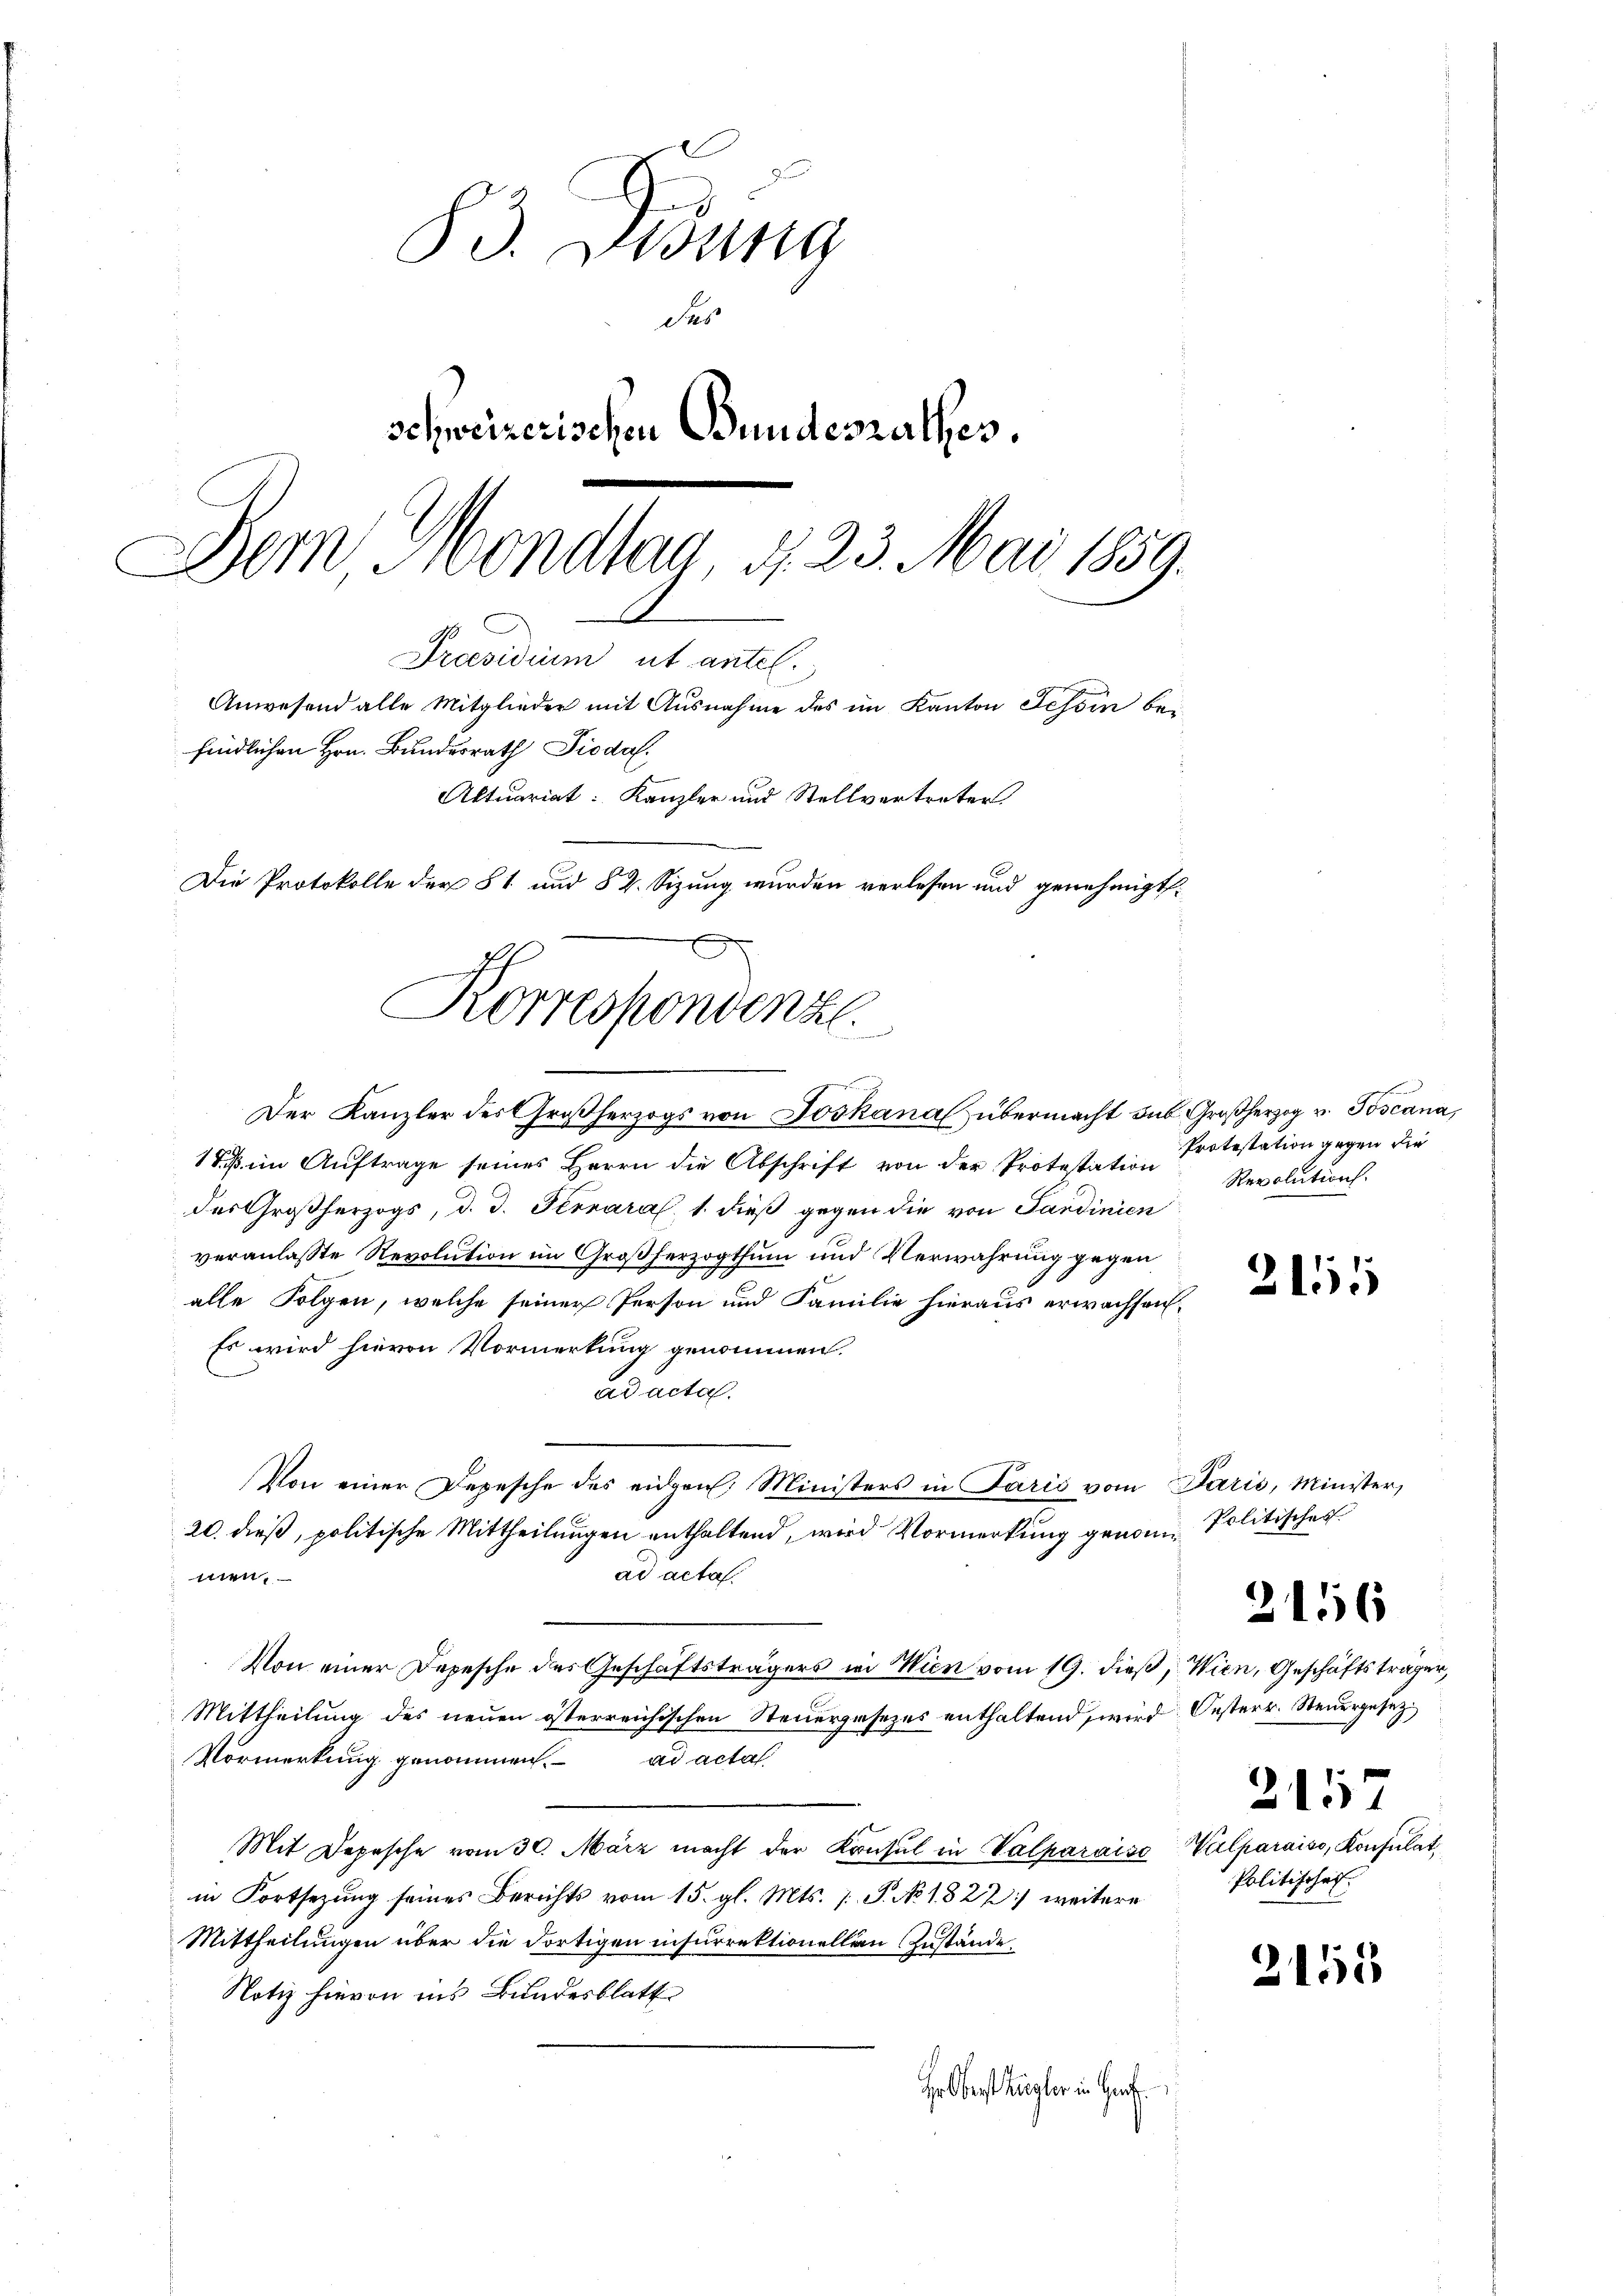
83. Disung
Des
schweizerischen Bundesrathes.
Dem Mondtag d. 23. Mai 1859.
Praesidium ut antel.
Anwesend alle Mitglieder mit Ausnahme des im Kanton Tessin bei
findlichen Hrn. Bundesrath Pioda.
Aktuariat: Kanzler und Stellvertreter
Die Protokolle der § 1 und § 2. Sizung wurden verlesen und genehmigt.

Korrespondenz.

Der Kanzler des Großherzogs von Joskanal übermacht das Großherzog u. Poscana,
1 des im Auftrage seines Herrn die Abschrift von der Protestation
des Großherzogs, d. d. Ferrara, 1. dieß gegen die von Sardinien
veranlasste Revolution im Großherzogthum und Verwahrung gegen
alle Folgen, welche seiner Person und Familie hieraus erwachsen,
Es wird hievon Vormerkung genommen.
ad acta.
Von einer Depesche des eidgen. Ministers in Paris vom Paris, Minister,
20. dieß, politische Mittheilungen enthaltend, wird Vormerkung genom- Politisches
ad acta.
men,
Von einer Depesche des Geschäftsträgers in Wien vom 19. dieß, Wien, Geschäftsträger,
Mittheilung des neuen österreichischen Steuergesezes enthaltend, wird Oesterr. Steuergesez¬
Vormerkung genommen. ad acta
Mit Depesche vom 30. März macht der Konsul in Valparaiso Valparaiss, Konsulat,
in Fortsezung seines Berichts vom 15. gl. Mts. /: P. No. 1822 weitere
Mittheilungen über die dortigen insurrektionellen Zustände.
Notiz hievon ins Bundesblatt
Hr Oberst Zugler in Hof

Protestation gegen die
Revolution.

2155

2156

2157
Politischef.

2155